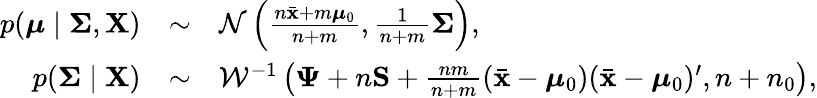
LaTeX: \begin{array}{rcl}{p({\boldsymbol{\mu}}\mid{\boldsymbol{\Sigma}},\mathbf{X})}&{\sim}&{{\mathcal{N}}\left({\frac{n{\bar{\mathbf{x}}}+m{\boldsymbol{\mu}}_{0}}{n+m}},{\frac{1}{n+m}}{\boldsymbol{\Sigma}}\right),}\\ {p({\boldsymbol{\Sigma}}\mid\mathbf{X})}&{\sim}&{{\mathcal{W}}^{-1}\left({\boldsymbol{\Psi}}+n\mathbf{S}+{\frac{nm}{n+m}}({\bar{\mathbf{x}}}-{\boldsymbol{\mu}}_{0})({\bar{\mathbf{x}}}-{\boldsymbol{\mu}}_{0})^{\prime},n+n_{0}\right),}\end{array}